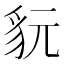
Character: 𧲦